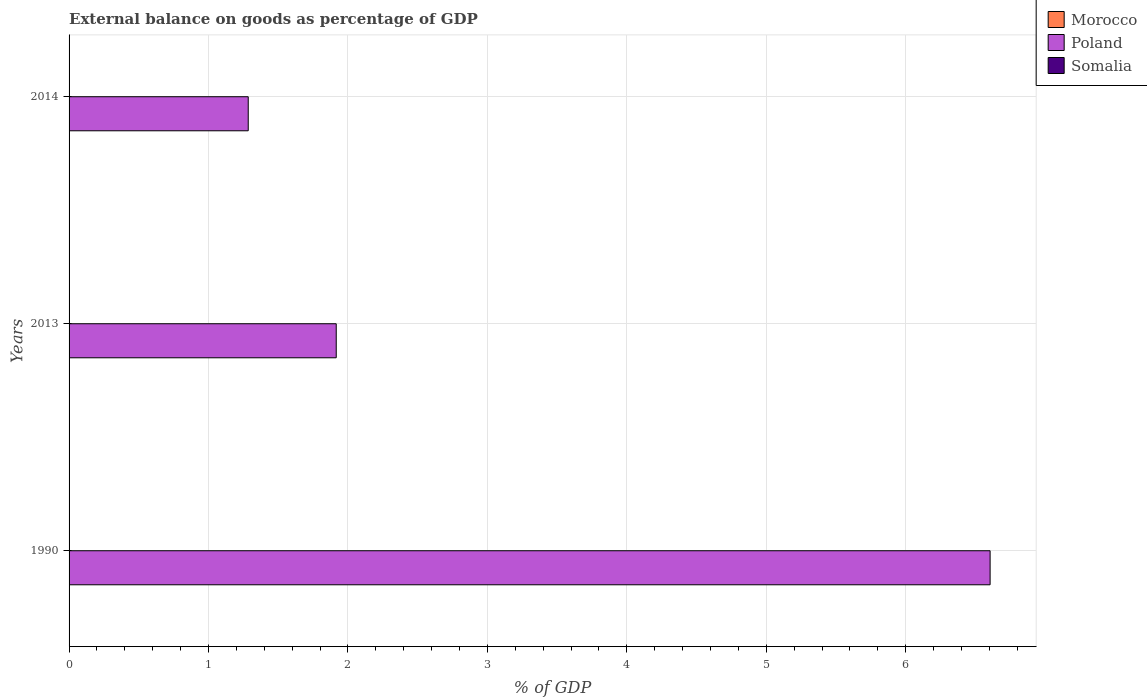
| Years | Morocco | Poland | Somalia |
 | --- | --- | --- | --- |
 | 1990 | -5.49 | 6.61 | -28 |
 | 2013 | -14.4 | 1.92 | -47.5 |
 | 2014 | -12.4 | 1.28 | -46.7 |